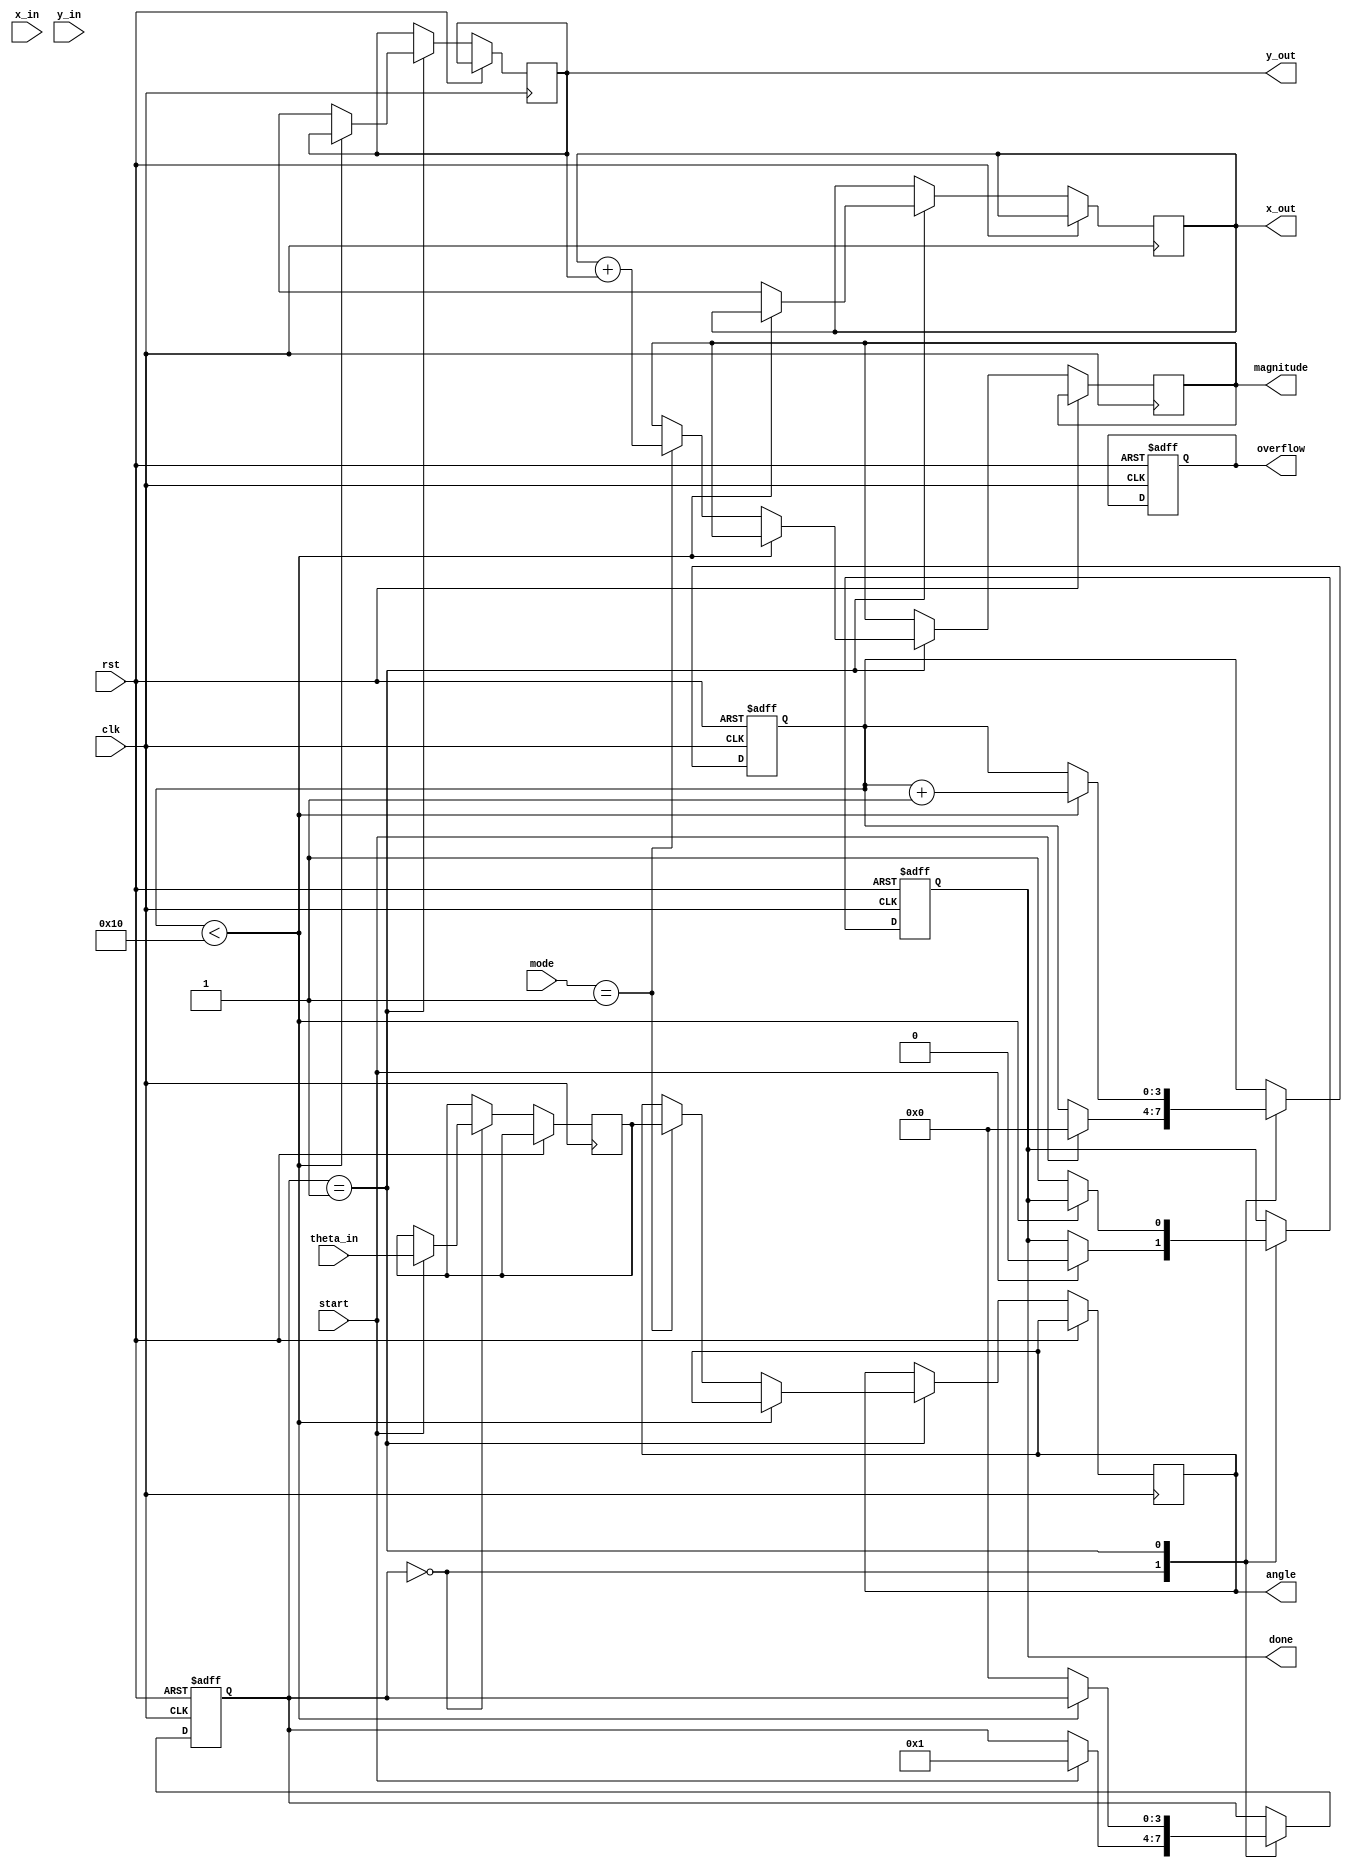
module CORDIC (
    input wire clk,
    input wire rst,
    input wire start,
    input wire [15:0] x_in,      // Input X
    input wire [15:0] y_in,      // Input Y
    input wire [15:0] theta_in,  // Input angle (in radians)
    input wire [2:0] mode,       // Operation mode: 0-Rotation, 1-Vectoring, 2-Multiplication, 3-Division
    output reg [15:0] x_out,     // Output X
    output reg [15:0] y_out,     // Output Y
    output reg [15:0] magnitude,  // Output magnitude (for vectoring)
    output reg [15:0] angle,      // Output angle (for vectoring)
    output reg done,              // Operation done signal
    output reg overflow           // Overflow signal
);

    // CORDIC parameters
    parameter NUM_ITERATIONS = 16;
    reg [15:0] x [0:NUM_ITERATIONS-1]; // X values for each iteration
    reg [15:0] y [0:NUM_ITERATIONS-1]; // Y values for each iteration
    reg [15:0] theta [0:NUM_ITERATIONS-1]; // Pre-computed arctangent values
    reg [3:0] state; // FSM state
    reg [3:0] iteration; // Current iteration count

    // Initialize arctangent values (in fixed-point representation)
    initial begin
        theta[0] = 16'h2000; // atan(1) = 45 degrees
        theta[1] = 16'h1333; // atan(0.5)
        theta[2] = 16'h0A3D; // atan(0.25)
        // ... (fill in remaining values)
    end

    // FSM for control logic
    always @(posedge clk or posedge rst) begin
        if (rst) begin
            state <= 0;
            iteration <= 0;
            done <= 0;
            overflow <= 0;
        end else begin
            case (state)
                0: begin // Idle state
                    if (start) begin
                        x[0] <= x_in;
                        y[0] <= y_in;
                        theta[0] <= theta_in;
                        iteration <= 0;
                        state <= 1;
                        done <= 0;
                    end
                end
                1: begin // CORDIC iterations
                    if (iteration < NUM_ITERATIONS) begin
                        // Perform rotation or vectoring based on mode
                        if (mode == 0) begin // Rotation mode
                            // CORDIC rotation logic
                            if (y[iteration] < 0) begin
                                x[iteration + 1] <= x[iteration] + (y[iteration] >>> iteration);
                                y[iteration + 1] <= y[iteration] + (x[iteration] >>> iteration);
                            end else begin
                                x[iteration + 1] <= x[iteration] - (y[iteration] >>> iteration);
                                y[iteration + 1] <= y[iteration] - (x[iteration] >>> iteration);
                            end
                        end else if (mode == 1) begin // Vectoring mode
                            // CORDIC vectoring logic
                            // Similar to rotation but with angle and magnitude calculations
                        end
                        // Increment iteration count
                        iteration <= iteration + 1;
                    end else begin
                        // Finalize output
                        x_out <= x[NUM_ITERATIONS];
                        y_out <= y[NUM_ITERATIONS];
                        // Compute magnitude and angle if in vectoring mode
                        if (mode == 1) begin
                            magnitude <= x_out + y_out; // Simplified magnitude calculation
                            angle <= theta[0]; // Simplified angle output
                        end
                        done <= 1;
                        state <= 0; // Go back to idle
                    end
                end
            endcase
        end
    end

endmodule